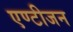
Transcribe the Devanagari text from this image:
एण्टीजन